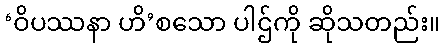
‘ဝိပဿနာ ဟိ’စသော ပါဌ်ကို ဆိုသတည်း။